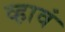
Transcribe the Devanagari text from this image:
व्‍हावं